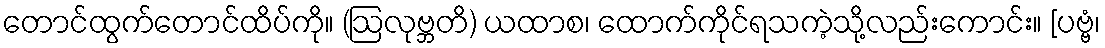
တောင်ထွက်တောင်ထိပ်ကို။ (ဩလုဗ္ဘတိ) ယထာစ၊ ထောက်ကိုင်ရသကဲ့သို့လည်းကောင်း။ [ပဗ္ဗံ၊